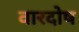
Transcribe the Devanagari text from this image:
वारदोष